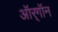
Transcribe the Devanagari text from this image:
ऑर्‌गॉन